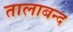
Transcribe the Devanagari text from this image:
तालाबन्द